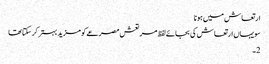
ارتعاش میں ہونا
سو یہاں ارتعاش کی بجائے لفظ مر تعش مصرعے کو مزید بہتر کر سکتا تھا
2۔